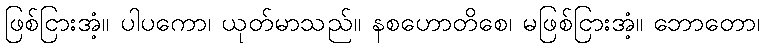
ဖြစ်ငြားအံ့။ ပါပကော၊ ယုတ်မာသည်။ နစဟောတိစေ၊ မဖြစ်ငြားအံ့။ ဘောတော၊